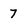
Character: 7